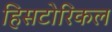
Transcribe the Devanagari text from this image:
हिसटोरिकल